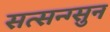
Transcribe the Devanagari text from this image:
सत्सन्ग्सुन